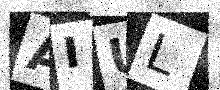
Text: AIUL